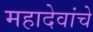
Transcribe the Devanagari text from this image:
महादेवांचे